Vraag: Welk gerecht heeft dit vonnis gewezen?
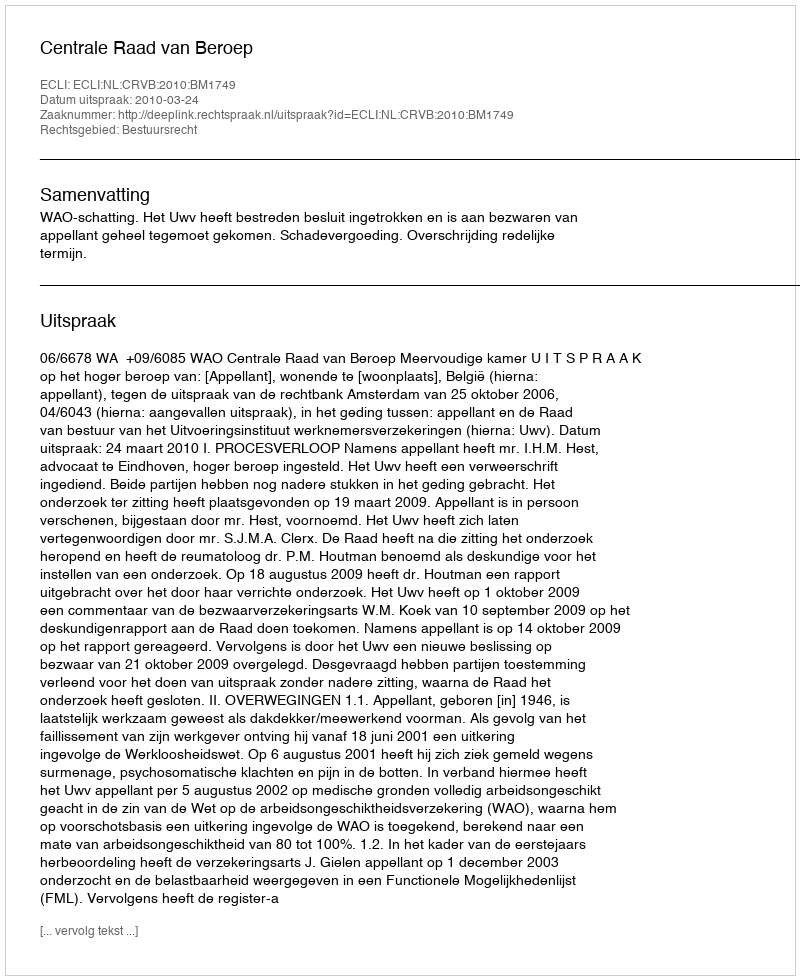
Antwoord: Centrale Raad van Beroep